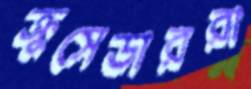
ক্রুসেডাররা